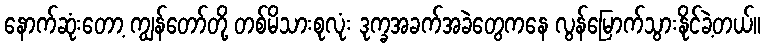
နောက်ဆုံးတော့ ကျွန်တော်တို့ တစ်မိသားစုလုံး ဒုက္ခအခက်အခဲတွေကနေ လွန်မြောက်သွားနိုင်ခဲ့တယ်။